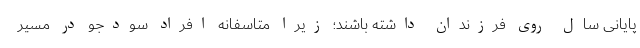
پایانی سال روی فرزندان داشته باشند؛ زیرا متاسفانه افراد سودجو در مسیر